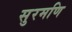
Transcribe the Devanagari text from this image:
सुरमणि